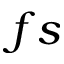
f s